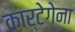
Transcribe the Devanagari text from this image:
कार्टेगेना